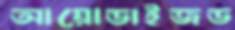
আয়োডাইজড